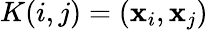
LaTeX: K(i,j)=({\mathbf x}_{i},{\mathbf x}_{j})